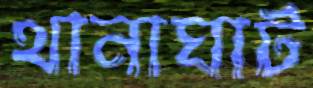
থানাঘাট